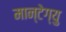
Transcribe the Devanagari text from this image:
मान्टेग्यु